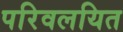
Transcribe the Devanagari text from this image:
परिवलयित